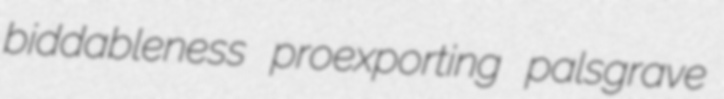
biddableness proexporting palsgrave